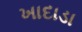
ખાદાડા